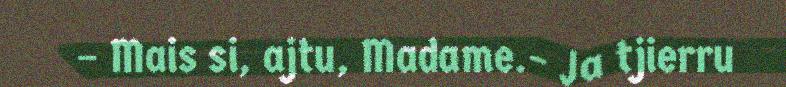
– Mais si, ajtu, Madame.– Ja tjierru